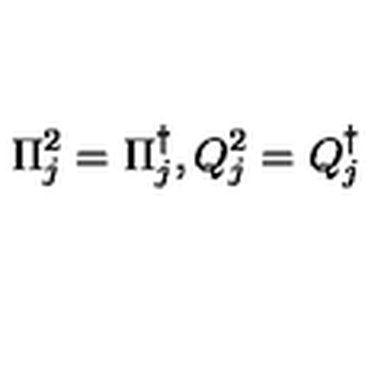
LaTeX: \Pi _ { j } ^ { 2 } = \Pi _ { j } ^ { \dagger } , Q _ { j } ^ { 2 } = Q _ { j } ^ { \dagger }